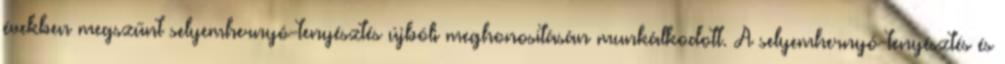
években megszűnt selyemhernyó-tenyésztés újbóli meghonosításán munkálkodott. A selyemhernyó-tenyésztés és